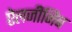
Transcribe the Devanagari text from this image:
ऐलजीनिब